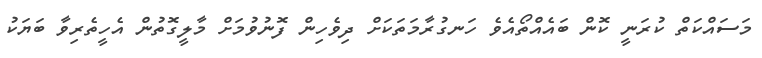
މަސައްކަތް ކުރަނީ ކޮން ބައެއްތޯއެވެ ހަނގުރާމަތަކަށް ދިވެހިން ފޮނުވުމަށް މާލީގޮތުން އެހީތެރިވާ ބަޔަކު